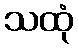
သထုံ